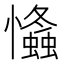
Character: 𢥕